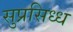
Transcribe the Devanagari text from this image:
सुप्रसिध्‍ध